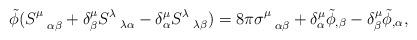
LaTeX: \begin{align*}\tilde \phi (S^{\mu}_{\hspace{.3 true cm} \alpha \beta} +\delta^{\mu}_{\beta} S^{\lambda}_{\hspace{.3 true cm} \lambda \alpha}- \delta^{\mu}_{\alpha} S^{\lambda}_{\hspace{.3 true cm} \lambda\beta}) = 8\pi \sigma^{\mu}_{\hspace{.3 true cm}\alpha \beta} +\delta^{\mu}_{\alpha}\tilde \phi_{, \beta} - \delta^{\mu}_{\beta}\tilde \phi_{,\alpha},\end{align*}